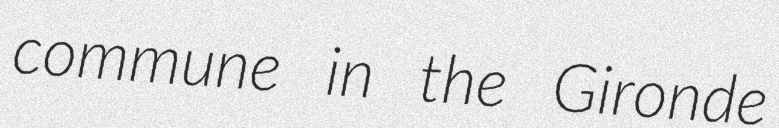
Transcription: commune in the Gironde